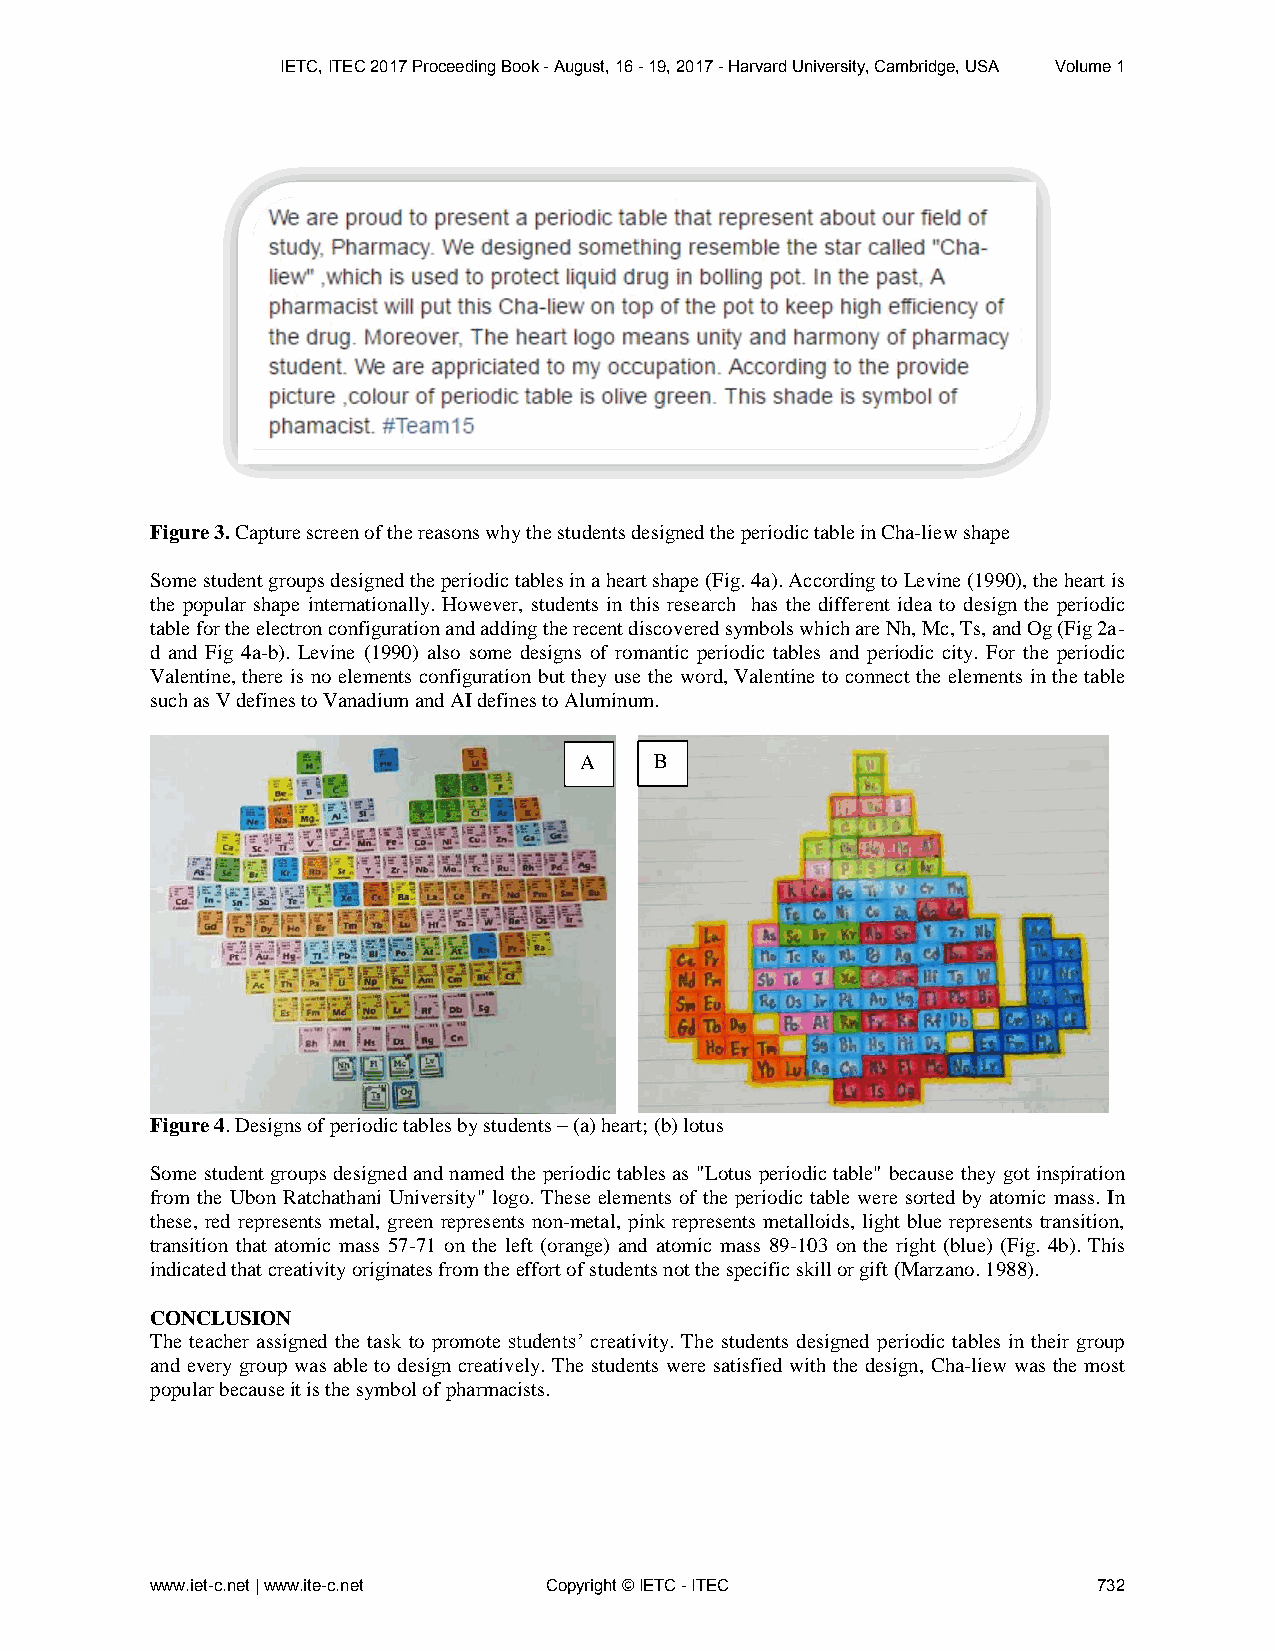
IETC, ITEC 2017 Proceeding Book - August, 16 - 19, 2017 - Harvard University, Cambridge, USA Volume 1
 Figure 3. Capture screen of the reasons why the students designed the periodic table in Cha-liew shape
 Some student groups designed the periodic tables in a heart shape (Fig. 4a). According to Levine (1990), the heart is
 the popular shape internationally. However, students in this research has the different idea to design the periodic
 table for the electron configuration and adding the recent discovered symbols which are Nh, Mc, Ts, and Og (Fig 2a-
 d and Fig 4a-b). Levine (1990) also some designs of romantic periodic tables and periodic city. For the periodic
 Valentine, there is no elements configuration but they use the word, Valentine to connect the elements in the table
 such as V defines to Vanadium and AI defines to Aluminum.
 A    B
 Figure 4. Designs of periodic tables by students – (a) heart; (b) lotus
 Some student groups designed and named the periodic tables as "Lotus periodic table" because they got inspiration
 from the Ubon Ratchathani University" logo. These elements of the periodic table were sorted by atomic mass. In
 these, red represents metal, green represents non-metal, pink represents metalloids, light blue represents transition,
 transition that atomic mass 57-71 on the left (orange) and atomic mass 89-103 on the right (blue) (Fig. 4b). This
 indicated that creativity originates from the effort of students not the specific skill or gift (Marzano. 1988).
 CONCLUSION
 The teacher assigned the task to promote students’ creativity. The students designed periodic tables in their group
 and every group was able to design creatively. The students were satisfied with the design, Cha-liew was the most
 popular because it is the symbol of pharmacists.
 www.iet-c.net | www.ite-c.net Copyright © IETC - ITEC          732